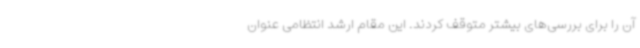
آن را برای بررسی‌های بیشتر متوقف کردند. این مقام ارشد انتظامی عنوان